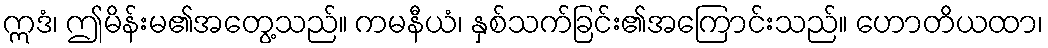
ဣဒံ၊ ဤမိန်းမ၏အတွေ့သည်။ ကမနီယံ၊ နှစ်သက်ခြင်း၏အကြောင်းသည်။ ဟောတိယထာ၊